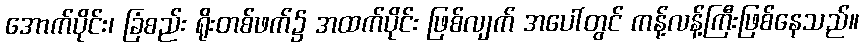
အောက်ပိုင်း၊ ခြံစည်း ရိုးတစ်ဖက်၌ အထက်ပိုင်း ဖြစ်လျက် အပေါ်တွင် ကန့်လန့်ကြီးဖြစ်နေသည်။